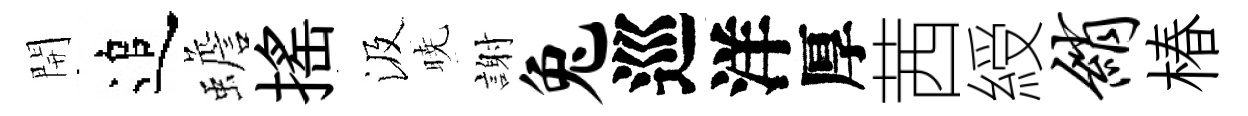
開追蟾摇汲暁謝兔巡洋厚茜綬绡椿